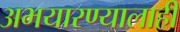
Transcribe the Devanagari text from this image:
अभयारण्यालाही